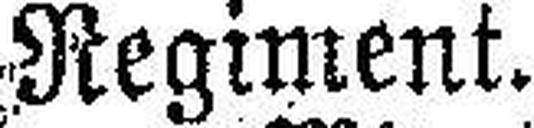
Regiment.